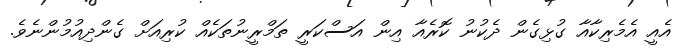
އެއީ އެމެރިކާއާ ގުޅިގެން ދެކުނު ކޮރެއާ އިން އަސްކަރީ ތަމްރީނުތަކެއް ކުރިއަށް ގެންދިއުމުންނެވެ.